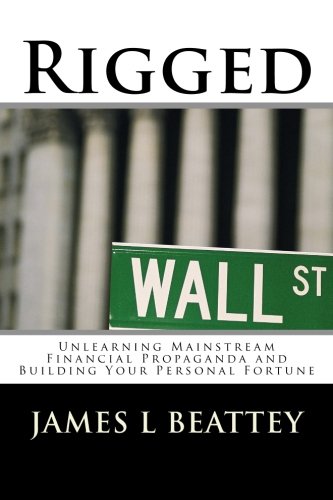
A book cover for Rigged: Unlearning Mainstream Financial Propaganda and Building Your Personal Fortune; James L Beattey IV; Business & Money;